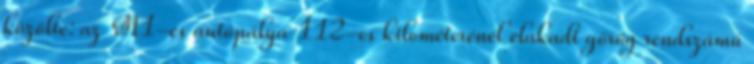
közölte: az M1-es autópálya 112-es kilométerénél elakadt görög rendszámú